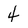
Character: 4